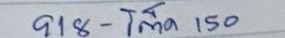
918 - โต๊ด 150